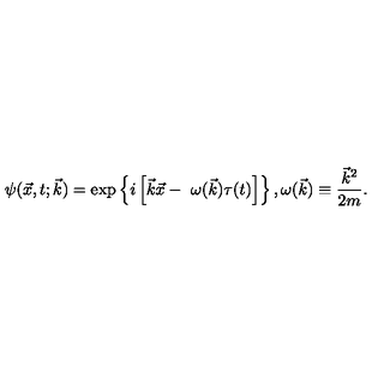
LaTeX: \psi ( \vec { x } , t ; \vec { k } ) = \exp \left\{ i \left[ \vec { k } \vec { x } - \ \omega ( \vec { k } ) \tau ( t ) \right] \right\} , \omega ( \vec { k } ) \equiv \frac { { \vec { k } } ^ { 2 } } { 2 m } .